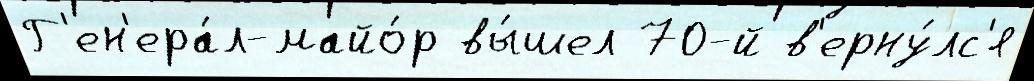
Г'ен'ера́л-майо́р вы́шел 70-й в'ерну́лс'я